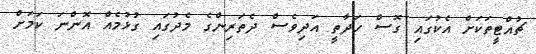
ޗުއްޓީތަކަށް އެކުގައި ގޮސް ހަދާތީ އަދިވެސް ދެތަރިންގެ މެދުގައި ގުޅުމެއް އޮންނަ ކަމަށް